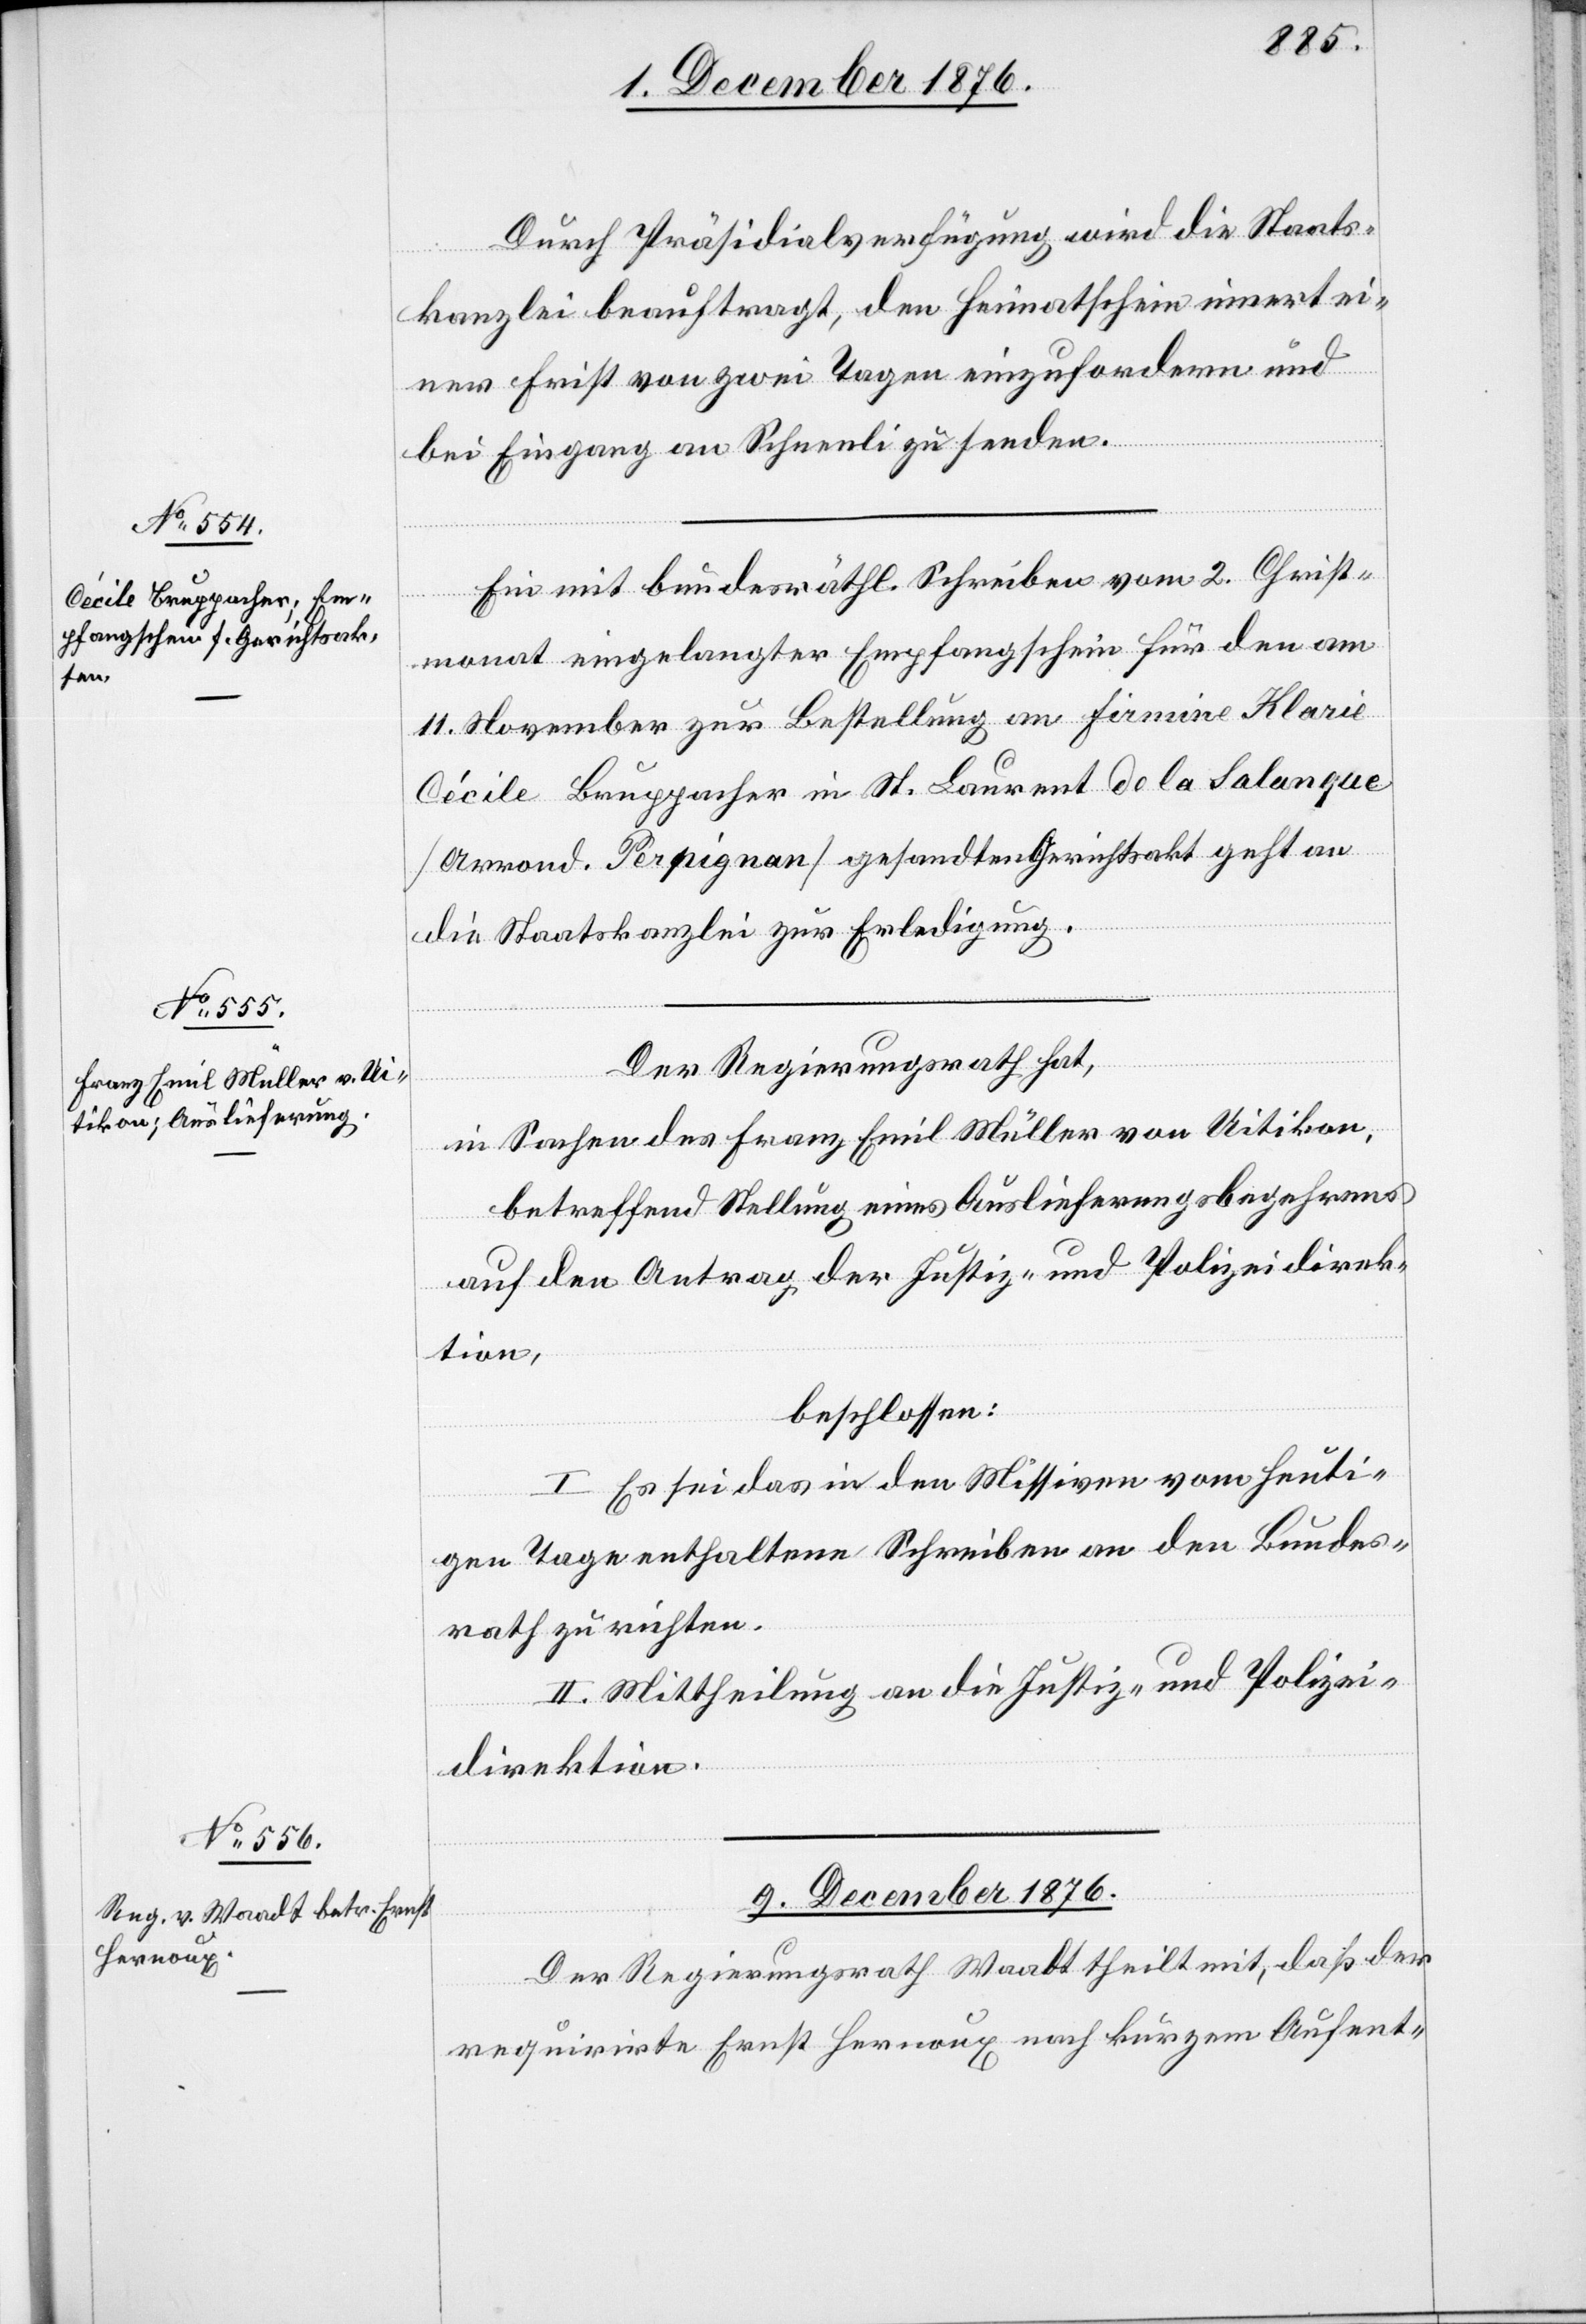
7. Dezember 1876.]
Durch Präsidialverfügung wird die Staats¬
kanzlei beauftragt, den Heimatschein innert ei¬
ner Frist von zwei Tagen einzufordern und
bei Eingang an Schneeli zu senden.
Ein mit bundesräthl. Schreiben vom 2. Christ¬
monat eingelangter Empfangschein für den am
11. November zur Bestellung an Firmine Klarie
Cécile Bruppacher in St. Laurent de la Salanque
[Arrond. Perpignan] gesandten Gerichtsakt geht an
die Staatskanzlei zur Erledigung.
Der Regierungsrath hat,
in Sachen des Franz Emil Müller von Uitikon,
betreffend Stellung eines Auslieferungsbegehrens
auf den Antrag der Justiz- und Polizeidirek¬
tion,
beschlossen:
I. Es sei das in den Missiven vom heuti¬
gen Tage enthaltene Schreiben an den Bundes¬
rath zu richten.
II. Mittheilung an die Justiz- und Polizei¬
direktion.
9. Dezember 1876.
Der Regierungsrath Waadt theilt mit, daß der
requirirte Ernst Hernoux nach kurzem Aufent-